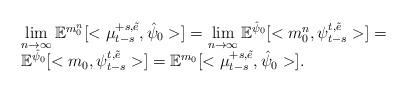
LaTeX: \begin{align*}\begin{array}{l}\lim\limits_{n\rightarrow \infty}\mathbb{E}^{m_0^n}[<\mu_{t-s}^{+s,\tilde e},\hat{\psi}_0>]=\lim\limits_{n\rightarrow \infty}\mathbb{E}^{\hat{\psi}_0}[<m_0^n,\psi_{t-s}^{t,\tilde e}>]=\\\mathbb{E}^{\hat{\psi}_0}[<m_0,\psi_{t-s}^{t,\tilde e}>]=\mathbb{E}^{m_0}[<\mu_{t-s}^{+s,\tilde e},\hat{\psi}_0>].\end{array}\end{align*}